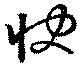
快